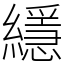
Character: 䌥